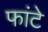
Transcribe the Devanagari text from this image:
फांटे